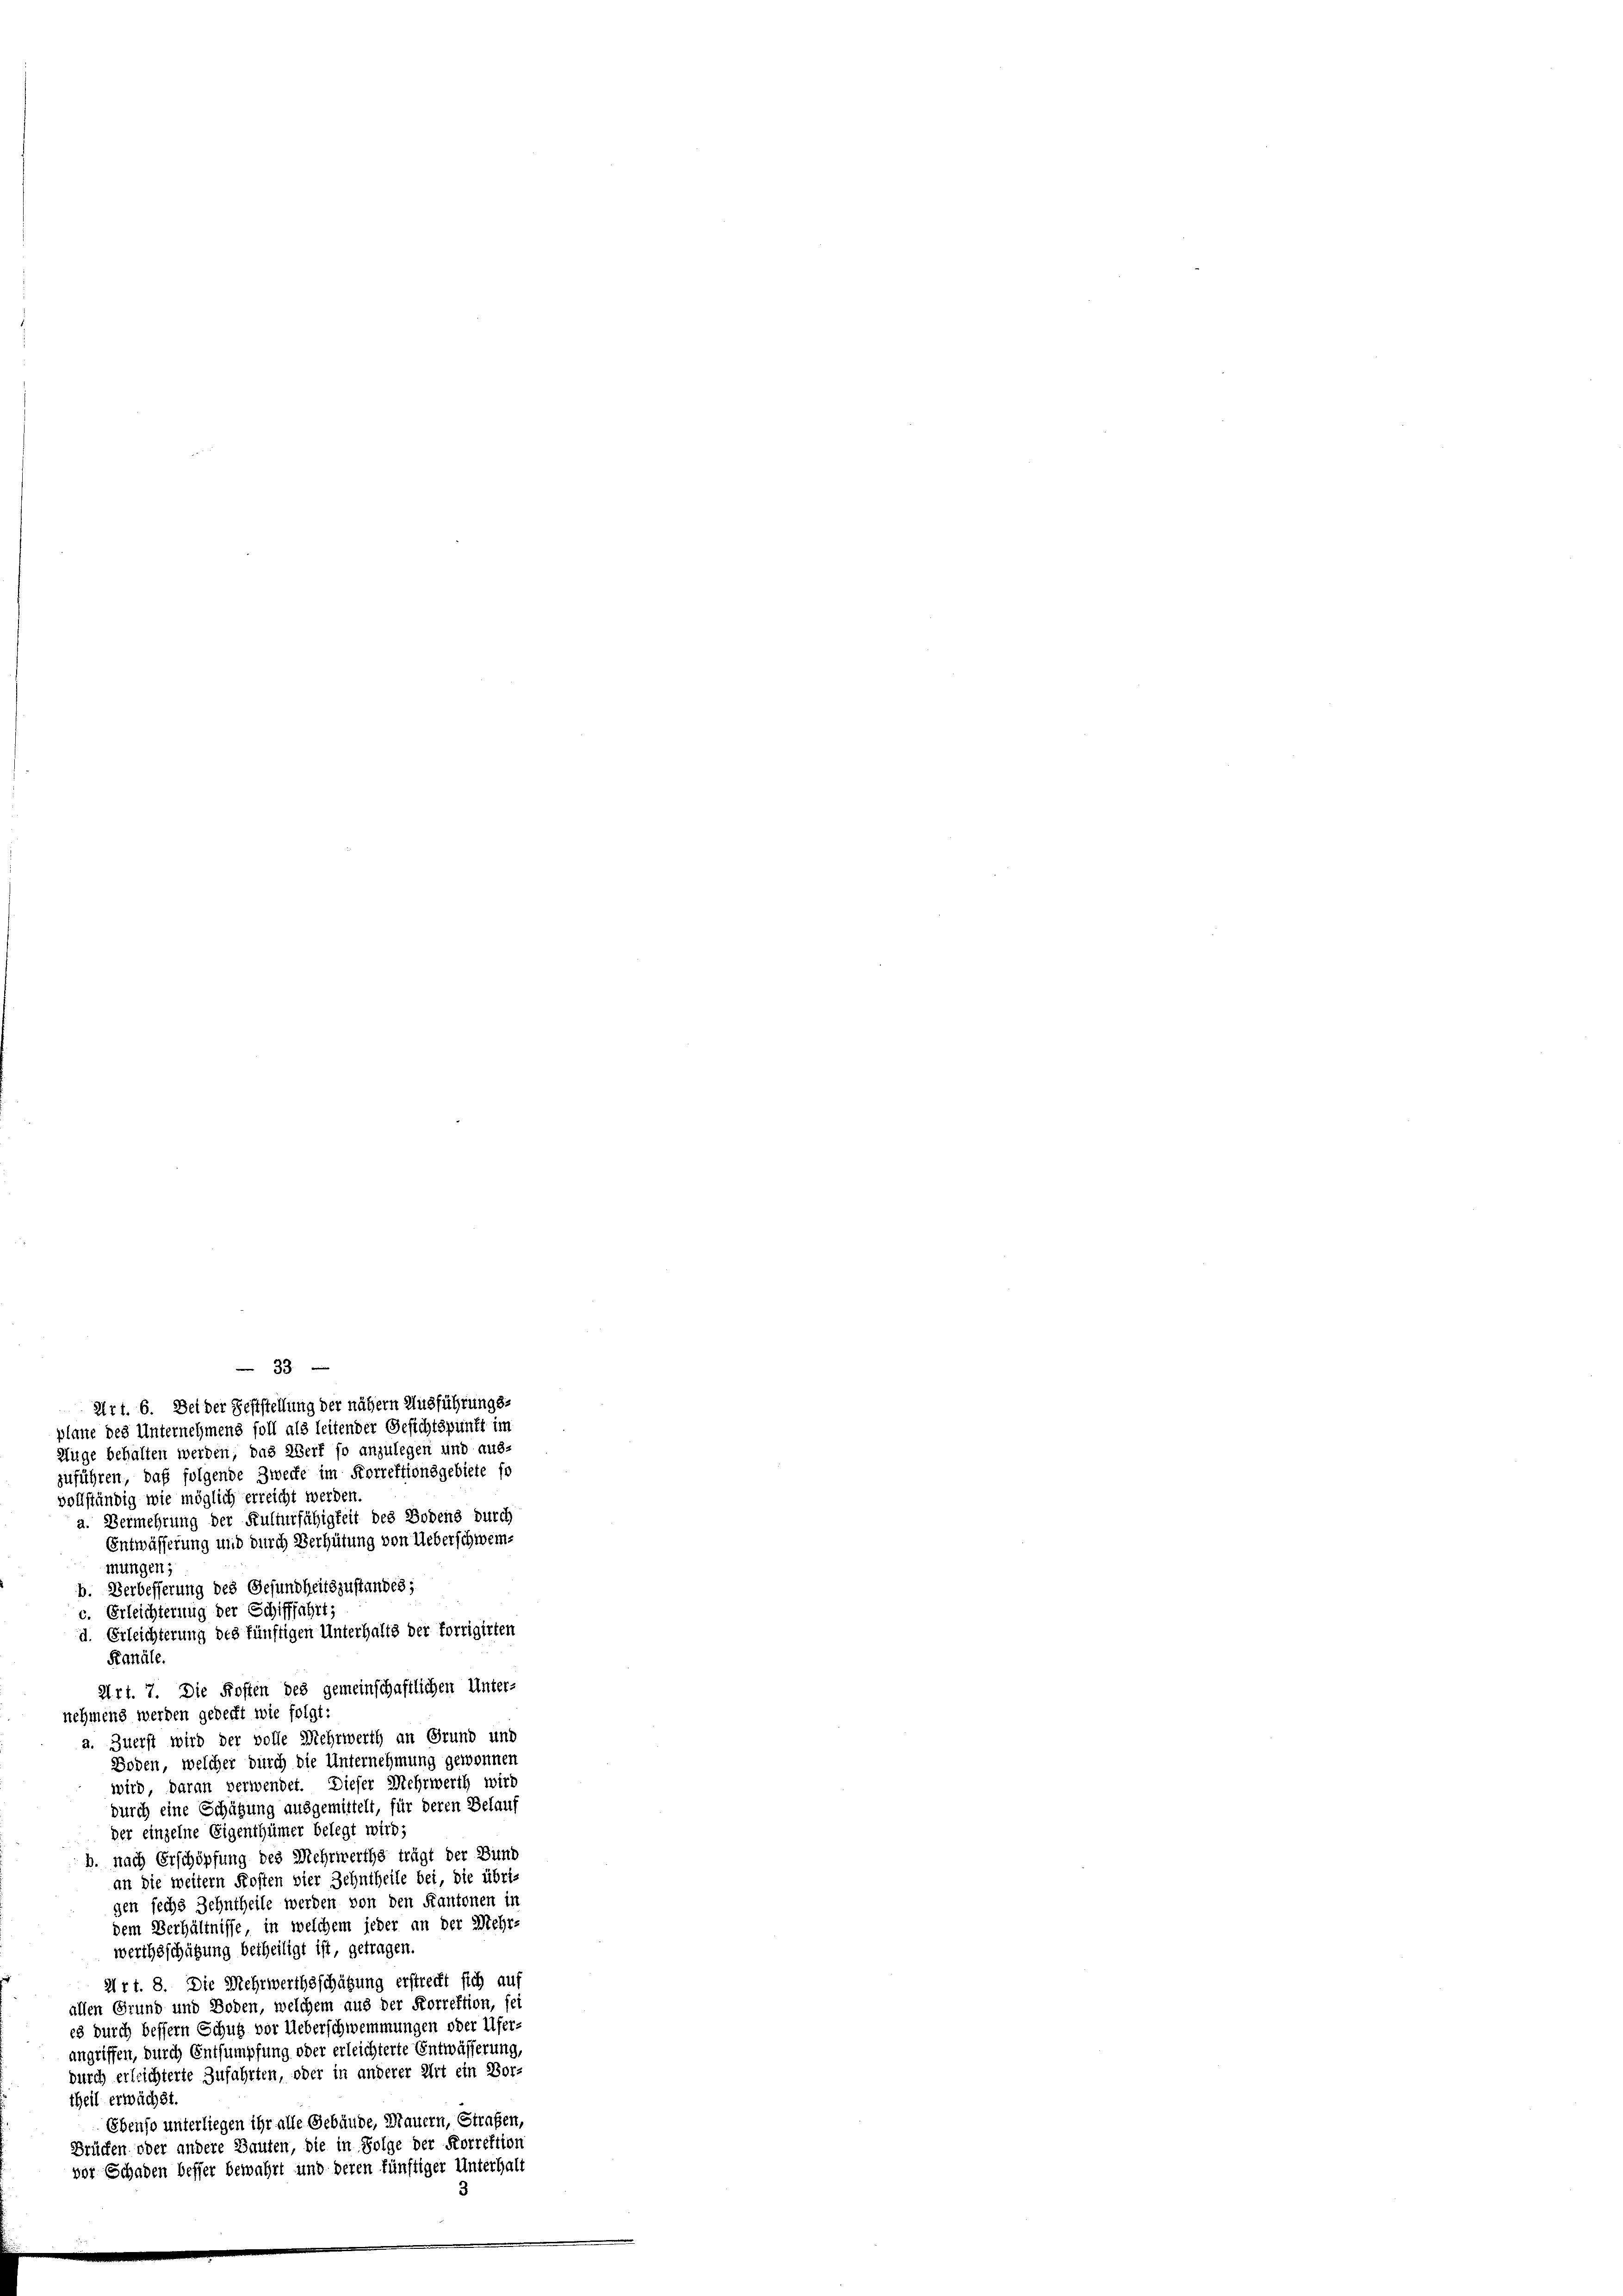
Art. 6. Bei der Feststellung der nähern Ausführungs-
plane des Unternehmens soll als leitender Gesichtspunkt im
Müge behalten werden, das Wert so anzulegen und aus-
zuführen, daß folgende Zwecke im Korrektionsgebiete so
vollständig wie möglich erreicht werden.
a. Vermehrung der Kulturfähigkeit des Bodens durch
Entwässerung und durch Verhütung von Ueberschweinmungen;
b. Verbesserung des Gesundheitszustandes;
c. Erleichterung der Schifffahrt;
d. Erleichterung des künftigen Unterhalts der forrigirten
Kanäle.
Art. 7. Die Kosten des gemeinschaftlichen Unter-
nehmend werden gedeckt wie folgt:
a. Zuerst wird der volle Mehrwerth an Grund und
Boden, welcher durch die Unternehmung gewonnen
wird daran verwendet. Dieser Mehrwerth wird
durch eine Schätzung ausgemittelt, für deren Belauf
der einzelne Eigenthümer belegt wird;
b. nach Erschöpfung des Mehrwerthe trägt der Bund
an die weitern Kosten vier Zehntheile bei, die übrigen sechs Zehntheile werden von den Kantonen in
dem Verhältnisse, in welchem jeder an der Mehr-
werthsschätzung betheiligt ist, getragen.
Art. 8. Die Mehrwerthsschätzung erstreckt sich auf
allen Grund und Boden, welchem aus der Korrektion, sei
es durch bessern Schutz vor Ueberschwemmungen oder Ufer-
angriffen, durch Entsumpfung oder erleichterte Entwässerung
durch erleichterte Zufahrten, oder in anderer Art ein Vortheil erwächet.
Ebenso unterliegen ihr alle Gebäude, Mauern, Strafen,
Brücken oder andere Bauten, die in Folge der Korrektion
vor Schaden besser bewahrt und deren künftiger Unterhalt

33